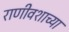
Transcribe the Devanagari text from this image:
राणीवशाच्या